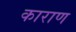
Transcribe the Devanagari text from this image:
काराण